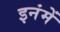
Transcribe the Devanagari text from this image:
इनंमें